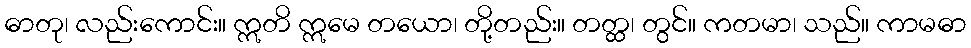
ဓာတု၊ လည်းကောင်း။ ဣတိ ဣမေ တယော၊ တို့တည်း။ တတ္ထ၊ တွင်။ ကတမာ၊ သည်။ ကာမဓာ